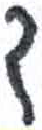
אות: ד